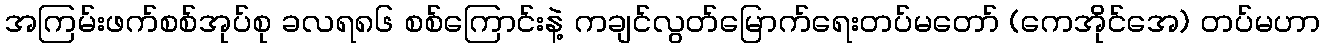
အကြမ်းဖက်စစ်အုပ်စု ခလရ၈၆ စစ်ကြောင်းနဲ့ ကချင်လွတ်မြောက်ရေးတပ်မတော် (ကေအိုင်အေ) တပ်မဟာ